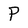
Character: P